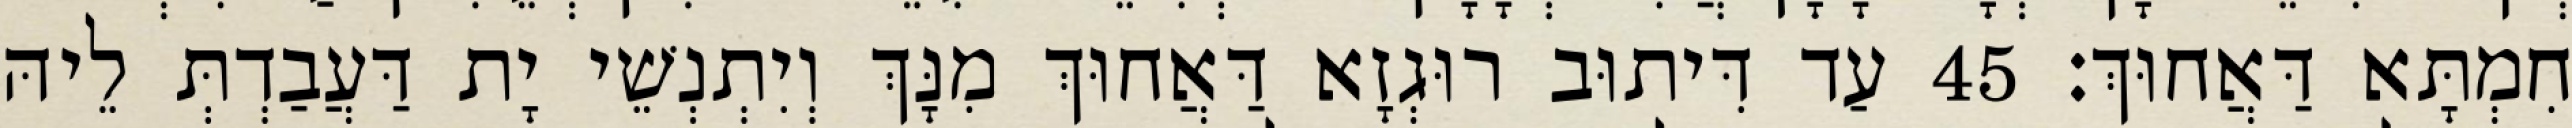
חִמְתָּא דַּאֲחוּךְ׃ 45 עַד דִּיתוּב רוּגְזָא דַּאֲחוּךְ מִנָּךְ וְיִתְנְשֵׁי יָת דַּעֲבַדְתְּ לֵיהּ